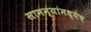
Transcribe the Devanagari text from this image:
सामन्यांमध्येच